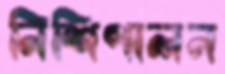
নিশিপালন